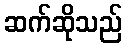
ဆက်ဆိုသည်